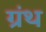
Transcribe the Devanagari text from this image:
ग्रंथ्‍ा